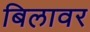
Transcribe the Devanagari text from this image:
बिलावर